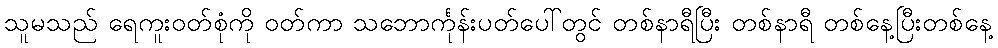
သူမသည် ရေကူးဝတ်စုံကို ဝတ်ကာ သဘောင်္ကုန်းပတ်ပေါ်တွင် တစ်နာရီပြီး တစ်နာရီ တစ်နေ့ပြီးတစ်နေ့